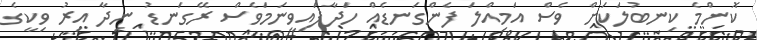
ކޮންމެ ކިނބުލަކަށް ވެސް އަމިއްލަ ފެންގަނޑެއް ހަދާފައިވީނަމަވެސް ރޭގަނޑު ނިދާ އިރު ވިކީގެ